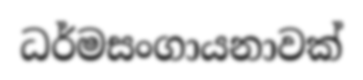
ධර්මසංගායනාවක්